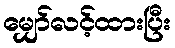
မျှော်လင့်ထားပြီး